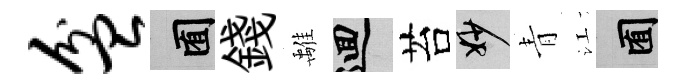
盆囿錢𩀌回苔妙青江囿